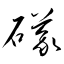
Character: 礒